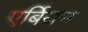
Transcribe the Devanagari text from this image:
एर्बियम